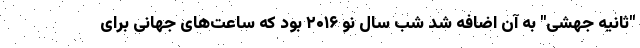
"ثانیه جهشی" به آن اضافه شد شب سال نو ۲۰۱۶ بود که ساعت‌های جهانی برای